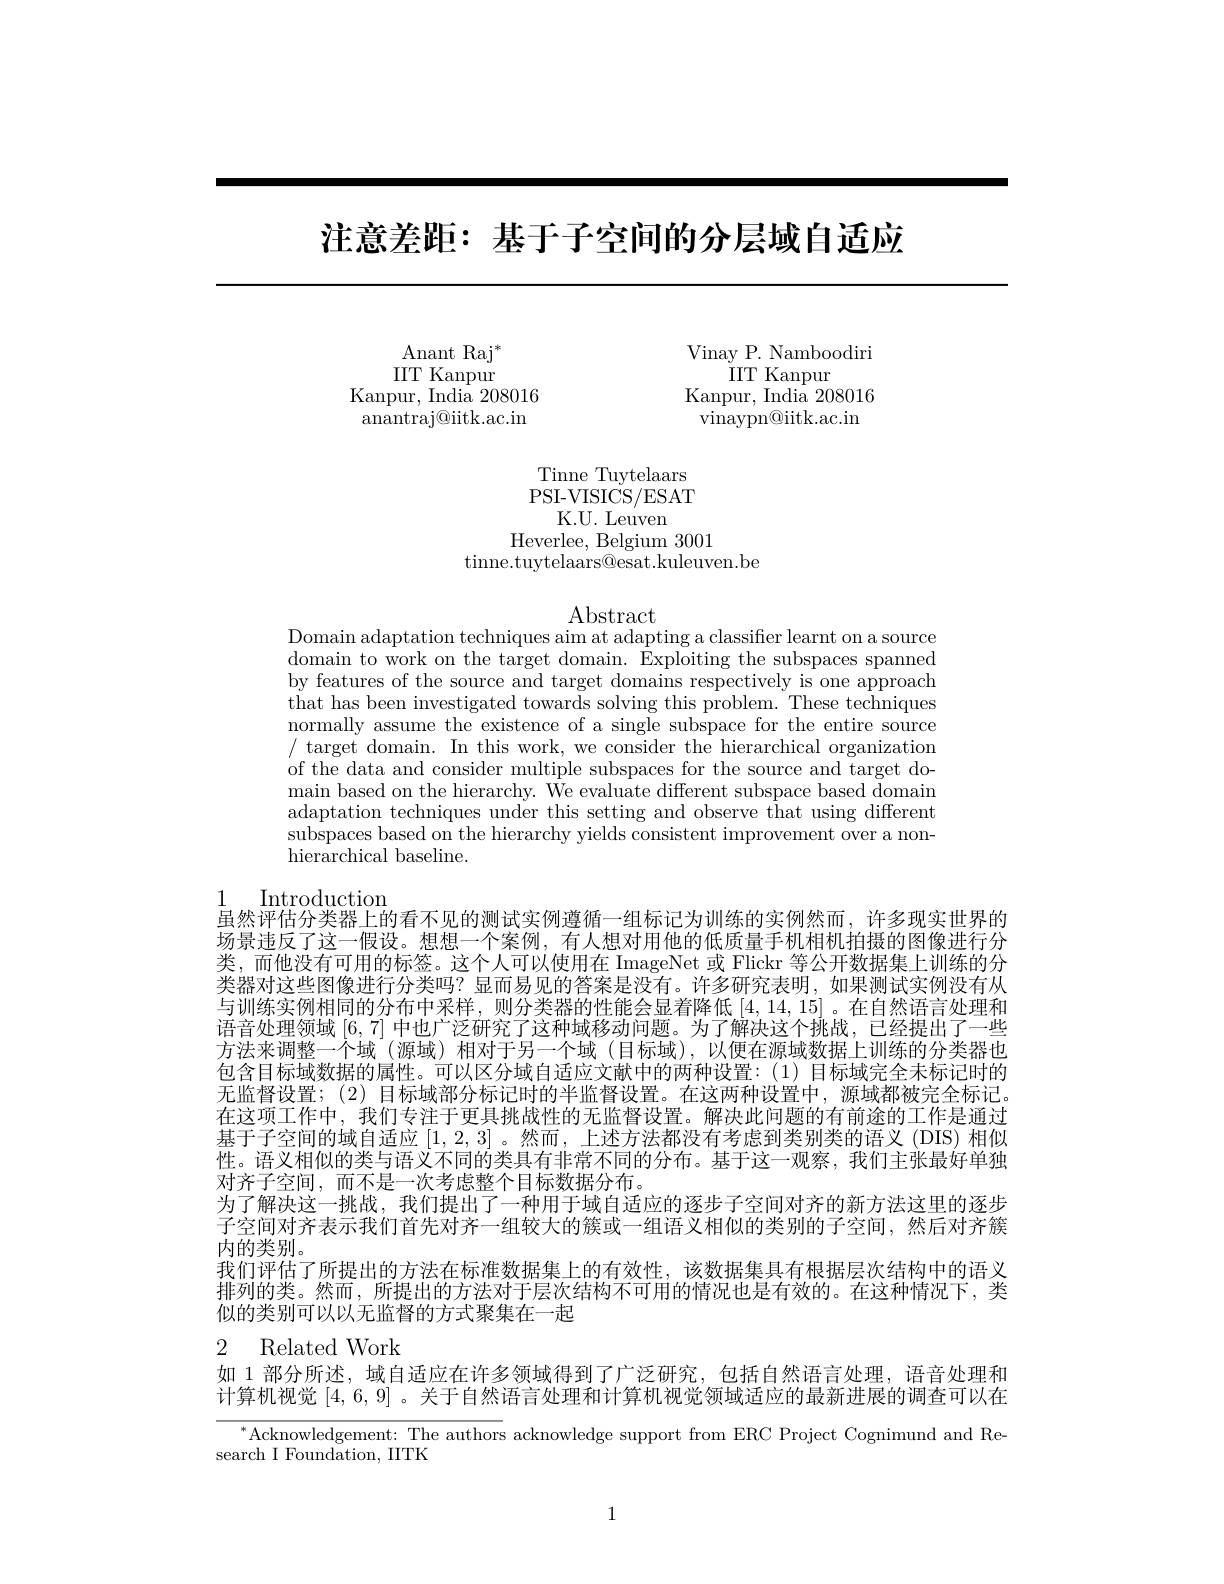
# 注意差距：基于子空间的分层域自适应

$\mathop{\mathrm{Anant~Raj}}^{*}$ IIT Kanpur
Kanpur, India 208016 anantraj@iitk.ac.in

Vinay P. Namboodiri
IIT Kanpur
Kanpur, India 208016 vinaypn@iitk.ac.in

Tinne Tuytelaars PSI-VISICS/ESAT
K.U. Leuven
Heverlee, Belgium 3001
tinne.tuytelaars@esat.kuleuven.be

$\operatorname{Abstract}$
Domain adaptation techniques aim at adapting a classifier learnt on a source

domain to work on the target domain. Exploiting the subspaces spanned by features of the source and target domains respectively is one approach that has been investigated towards solving this problem. These techniques normally assume the existence of a single subspace for the entire source / target domain. In this work, we consider the hierarchical organization of the data and consider multiple subspaces for the source and target domain based on the hierarchy. We evaluate different subspace based domain adaptation techniques under this setting and observe that using different subspaces based on the hierarchy yields consistent improvement over a nonhierarchical baseline.

1 Introduction
虽然评估分类器上的看不见的测试实例遵循一组标记为训练的实例然而，许多现实世界的场景违反了这一假设。想想一个案例，有人想对用他的低质量手机相机拍摄的图像进行分类，而他没有可用的标签。这个人可以使用在 ImageNet 或 Flickr 等公开数据集上训练的分类器对这些图像进行分类吗？显而易见的答案是没有。许多研究表明，如果测试实例没有从与训练实例相同的分布中采样，则分类器的性能会显着降低[4,14,15] 。在自然语言处理和语音处理领域[6,7]中也广泛研究了这种域移动问题。为了解决这个挑战，已经提出了一些方法来调整一个域(源域)相对于另一个域(目标域),以便在源域数据上训练的分类器也包含目标域数据的属性。可以区分域自适应文献中的两种设置：(1) 目标域完全未标记时的无监督设置；(2)目标域部分标记时的半监督设置。在这两种设置中，源域都被完全标记。在这项工作中，我们专注于更具挑战性的无监督设置。解决此问题的有前途的工作是通过基于子空间的域自适应[1,2,3] 。然而，上述方法都没有考虑到类别类的语义 (DIS)相似性。语义相似的类与语义不同的类具有非常不同的分布。基于这一观察，我们主张最好单独对齐子空间，而不是一次考虑整个目标数据分布。
为了解决这一挑战，我们提出了一种用于域自适应的逐步子空间对齐的新方法这里的逐步子空间对齐表示我们首先对齐一组较大的簇或一组语义相似的类别的子空间，然后对齐簇内的类别。
我们评估了所提出的方法在标准数据集上的有效性，该数据集具有根据层次结构中的语义排列的类。然而，所提出的方法对于层次结构不可用的情况也是有效的。在这种情况下，类似的类别可以以无监督的方式聚集在一起
2 Related Work

## 如 1 部分所述，域自适应在许多领域得到了广泛研究，包括自然语言处理，语音处理和

计算机视觉[4,6,9] 。关于自然语言处理和计算机视觉领域适应的最新进展的调查可以在
$^{*}$Acknowledgement: The authors acknowledge support from ERC Project Cognimund and Re-

search I Foundation, IITK

1